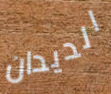
الديدان